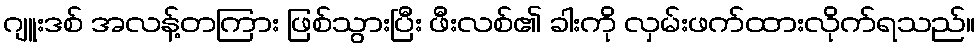
ဂျူးဒစ် အလန့်တကြား ဖြစ်သွားပြီး ဖီးလစ်၏ ခါးကို လှမ်းဖက်ထားလိုက်ရသည်။